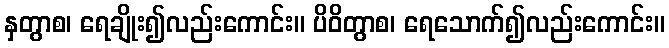
နှတွာစ၊ ရေချိုး၍လည်းကောင်း။ ပိဝိတွာစ၊ ရေသောက်၍လည်းကောင်း။